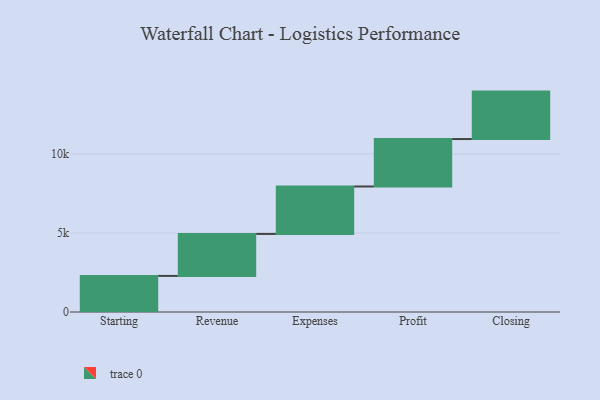
{"axis": {"x": "Step", "y": "Value"}, "legend": [""], "data": [{"x": "Starting", "y": 2282.0, "type": ""}, {"x": "Revenue", "y": 2655.0, "type": ""}, {"x": "Expenses", "y": 3000, "type": ""}, {"x": "Profit", "y": 3000, "type": ""}, {"x": "Closing", "y": 3000, "type": ""}]}